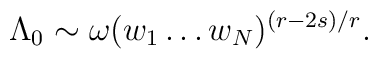
\Lambda_0\sim \omega (w_1 \ldots w_N)^{(r-2s)/r} .